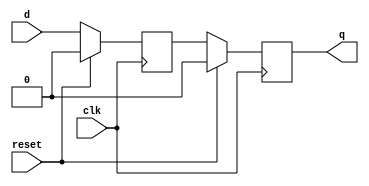
module d_flip_flop_delay (
    input wire clk,
    input wire reset,
    input wire d,
    output reg q
);
    
reg d_delayed;

always @(posedge clk) begin
    if (reset) begin
        d_delayed <= 1'b0;
    end else begin
        d_delayed <= d;
    end
end

always @(posedge clk) begin
    if (reset) begin
        q <= 1'b0;
    end else begin
        q <= d_delayed;
    end
end

endmodule